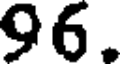
96.